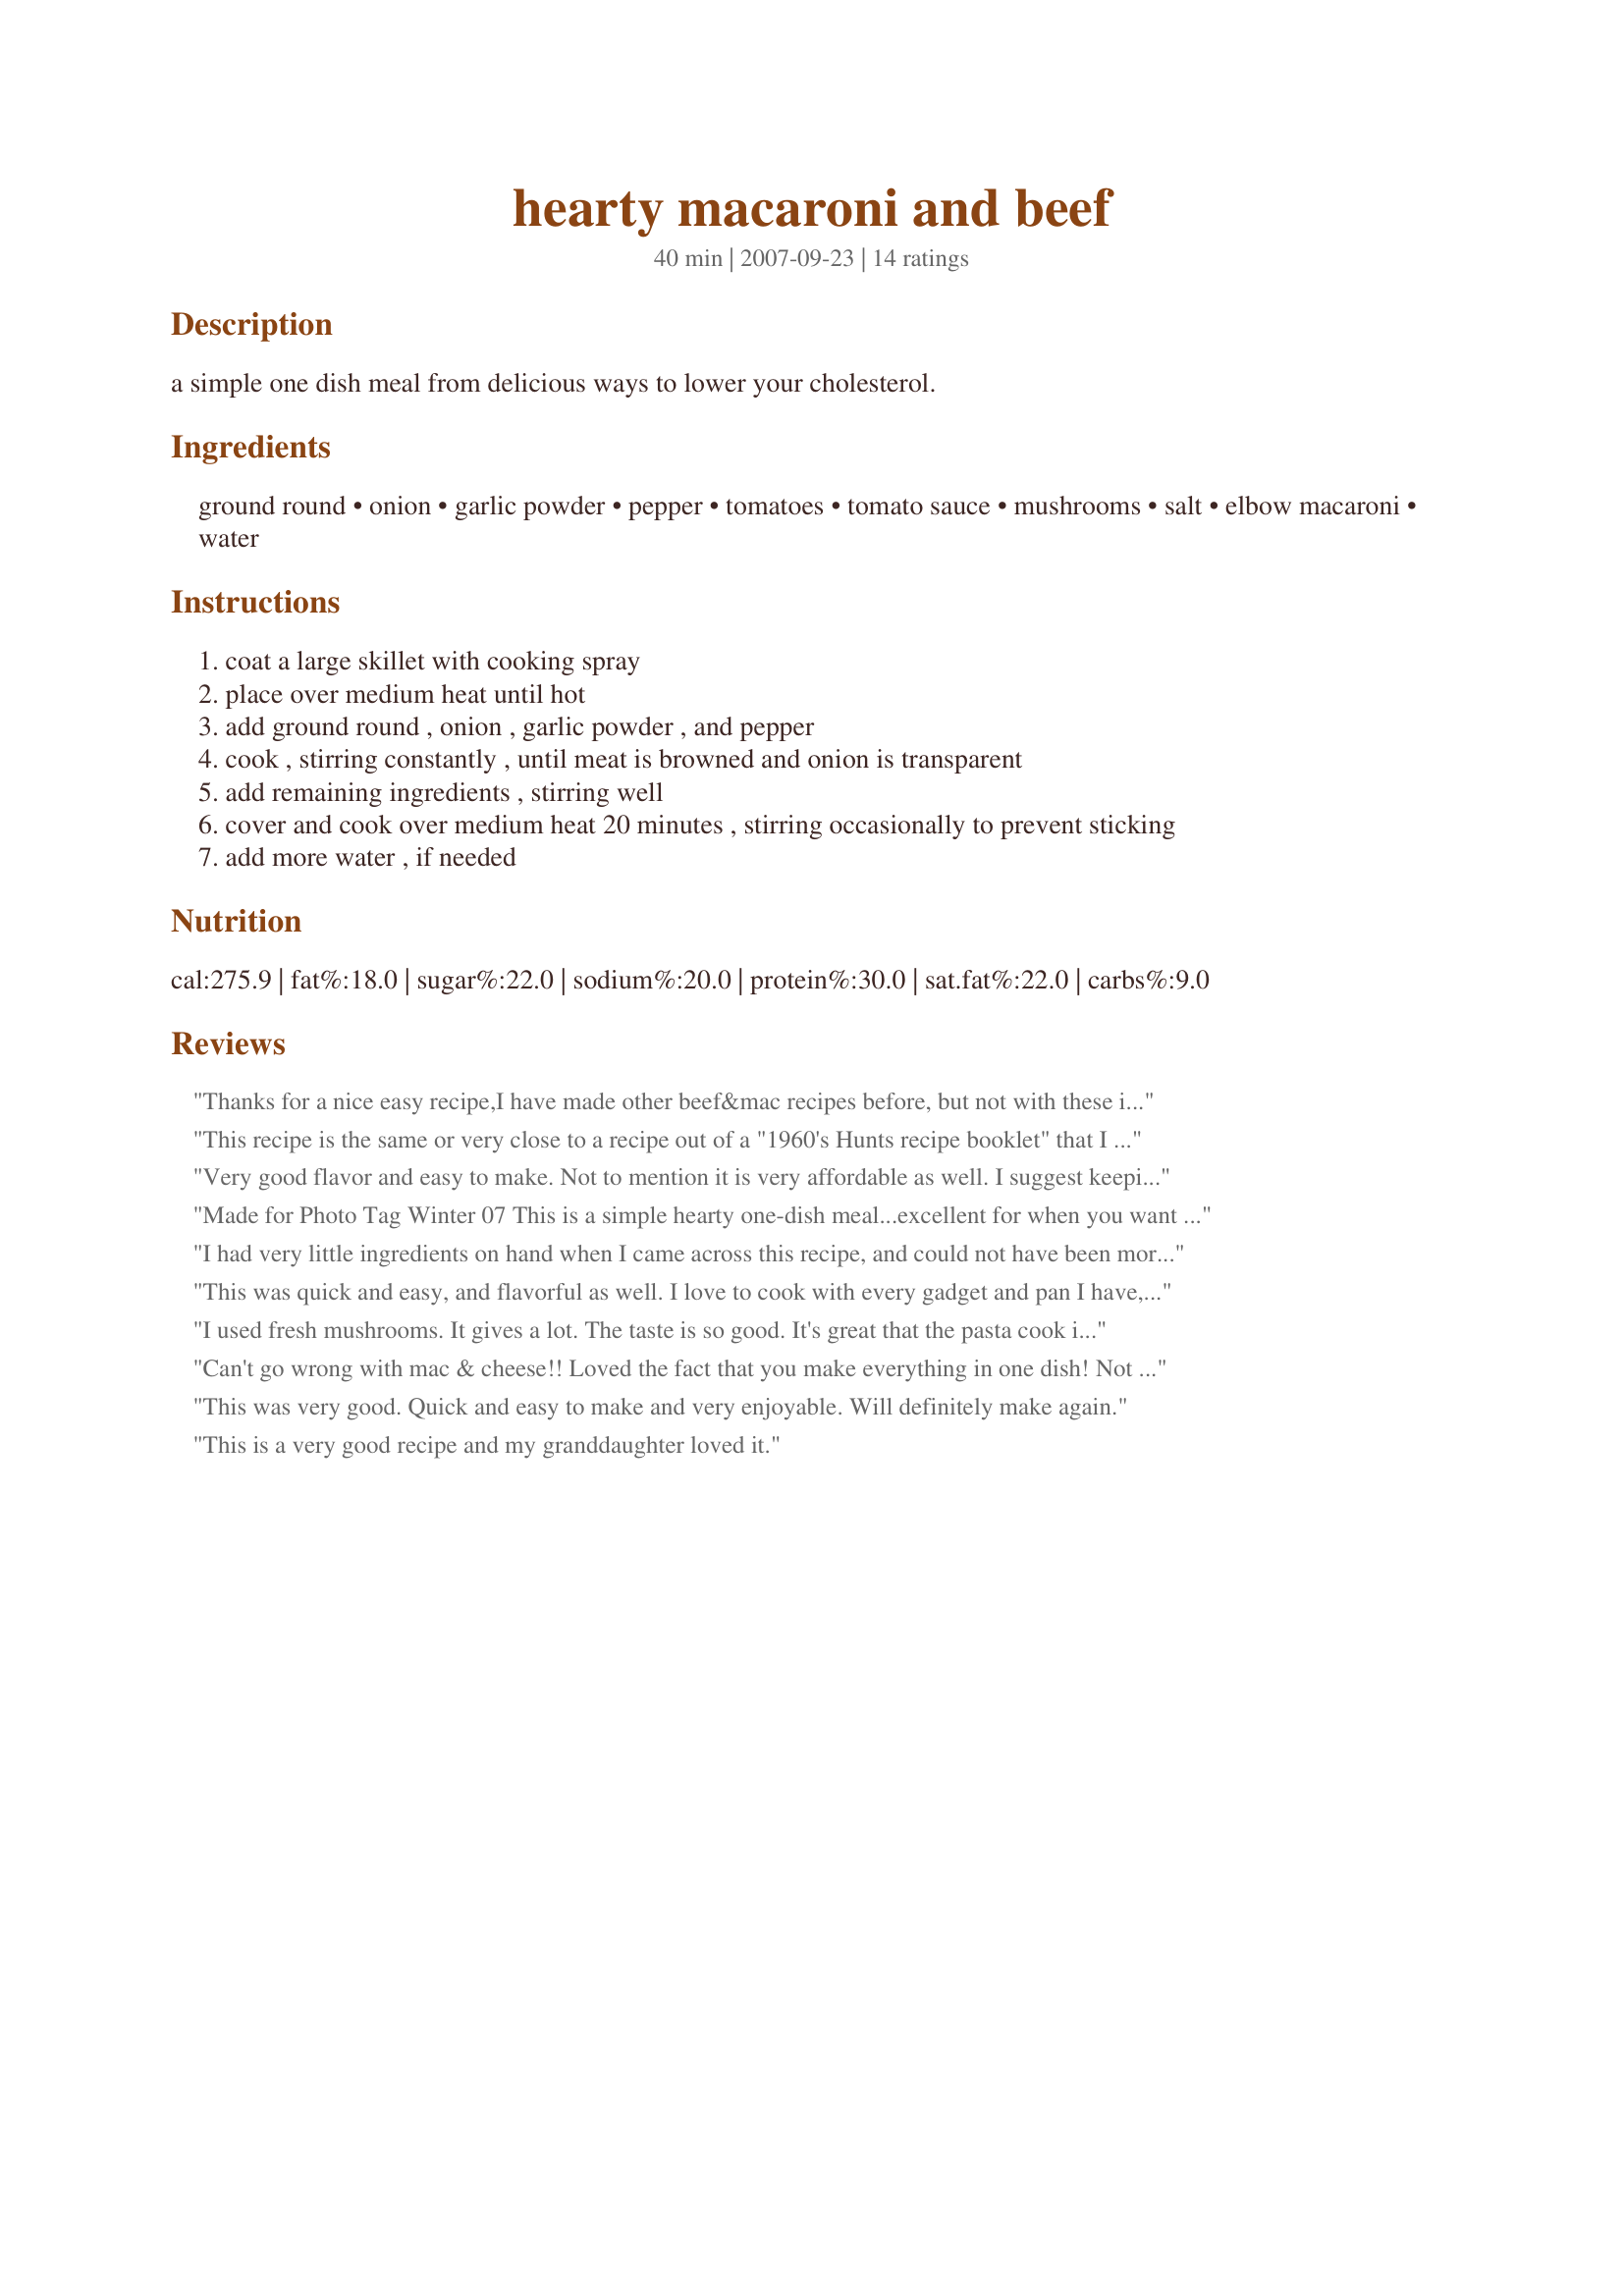
hearty macaroni and beef
Preparation time: 40 minutes

a simple one dish meal from delicious ways to lower your cholesterol.

Ingredients:
ground round, onion, garlic powder, pepper, tomatoes, tomato sauce, mushrooms, salt, elbow macaroni, water

Steps:
coat a large skillet with cooking spray
place over medium heat until hot
add ground round , onion , garlic powder , and pepper
cook , stirring constantly , until meat is browned and onion is transparent
add remaining ingredients , stirring well
cover and cook over medium heat 20 minutes , stirring occasionally to prevent sticking
add more water , if needed

Reviews:
Thanks for a nice easy recipe,I have made other beef&mac recipes before, but not with these ingred.I did add afew more spices,will make again.
This recipe is the same or very close to a recipe out of a "1960's Hunts recipe booklet" that I use to have. It's so easy and so kid friendly, too, meaning it's not full of spices & herbs for kids to dislike. I've made this often and I'm glad to have it again.
Very good flavor and easy to make. Not to mention it is very affordable as well. I suggest keeping some extra water on the side just in case the sauce gets to thick. I lowered the temp. to low since it was sticking a lot to the pan. I had to add about a half cup extra of water as it absorbed the sauce quickly. This is a great recipe!!!
Made for Photo Tag Winter 07 This is a simple hearty one-dish meal...excellent for when you want something comforting and you don't want a lot of fuss. I used fresh mushrooms as I had them on hand and I did add some italian seasoning mix. Thanks for a quick comforting meal,my friend!
I had very little ingredients on hand when I came across this recipe, and could not have been more pleased. It was very quick and easy to prepare, with plenty of flavor. I omitted the mushrooms, and substitued a can of beef broth for the water. Yum, thanks so much!
This was quick and easy, and flavorful as well. I love to cook with every gadget and pan I have, but some days, you just don't want to wash them! Love the one-pan meals for those nights. :) I did add a heaping half tsp of italian seasoning, I used 4 fresh roma tomatoes instead of canned, and I needed a good cup of water during cooking (probably because I used fresh tomatoes). Served w/ a green salad, well received by the fam. Thanks!
I used fresh mushrooms. It gives a lot. The taste is so good. It's great that the pasta cook in the same pot as the meat. Thanks lazyme :) Made for Cookbook tag game
Can't go wrong with mac & cheese!! Loved the fact that you make everything in one dish! Not much clean-up to do!! ;) Did use Rotel tomatoes so it did add some spics to the mac & cheese. Thanks lazyme! :)
This was very good. Quick and easy to make and very enjoyable. Will definitely make again.
This is a very good recipe and my granddaughter loved it.
My husband loved this and so did I. It is a simple easy dish and budget friendly. Always looking for some healthy dinner ideas and this one is perfect. Thanks
For us this was a little plain in flavor. I had to add 2 tsp. Italian seasoning, Seasoning salt in place of regular salt, and lots of freshly cracked pepper. We had some leftovers so I may throw a can of Rotel tomatoes in tomorrow for lunch.
Good simple weeknight meal. I followed the recipe other then I used beef broth instead of water and used a 14.5 ounce can. I also added another half a teaspoon of pepper and salt to the finished dish as we thought it needed more seasoning too.
Pretty good! We both thought it needed some more seasoning, though. Nice &amp; hearty, indeed.
